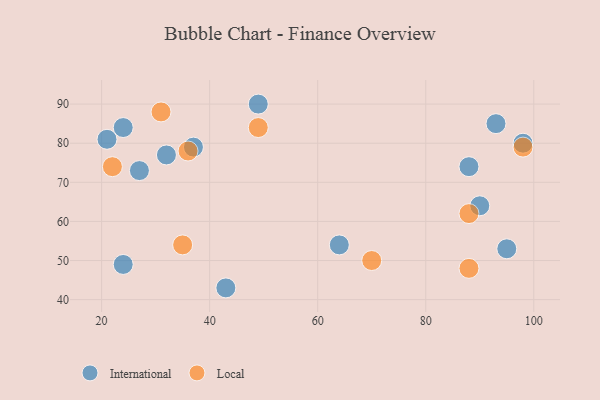
{"axis": {"x": "GDP", "y": "Life Expectancy"}, "legend": ["International", "Local"], "data": [{"x": "98", "y": 80, "type": "International"}, {"x": "93", "y": 85, "type": "International"}, {"x": "32", "y": 77, "type": "International"}, {"x": "37", "y": 79, "type": "International"}, {"x": "88", "y": 74, "type": "International"}, {"x": "27", "y": 73, "type": "International"}, {"x": "49", "y": 90, "type": "International"}, {"x": "95", "y": 53, "type": "International"}, {"x": "90", "y": 64, "type": "International"}, {"x": "24", "y": 84, "type": "International"}, {"x": "64", "y": 54, "type": "International"}, {"x": "43", "y": 43, "type": "International"}, {"x": "21", "y": 81, "type": "International"}, {"x": "24", "y": 49, "type": "International"}, {"x": "49", "y": 84, "type": "Local"}, {"x": "31", "y": 88, "type": "Local"}, {"x": "22", "y": 74, "type": "Local"}, {"x": "88", "y": 48, "type": "Local"}, {"x": "70", "y": 50, "type": "Local"}, {"x": "88", "y": 62, "type": "Local"}, {"x": "35", "y": 54, "type": "Local"}, {"x": "36", "y": 78, "type": "Local"}, {"x": "98", "y": 79, "type": "Local"}]}